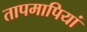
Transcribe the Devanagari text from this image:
तापमापियां